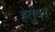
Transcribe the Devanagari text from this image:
हेतुंवर